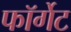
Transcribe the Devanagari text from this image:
फॉर्गेट